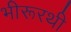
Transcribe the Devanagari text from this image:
भीरूरथी